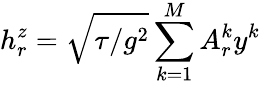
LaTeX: h_{r}^{z}=\sqrt{{\tau/g^{2}}}\sum_{k=1}^{M}A_{r}^{k}y^{k}